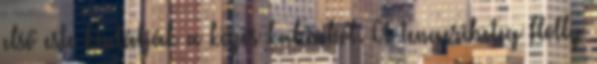
első este kiutálják a közös kabinból. A tengeribeteg Holly